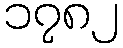
၁၇၈၂